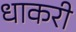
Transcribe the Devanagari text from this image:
धाकरी